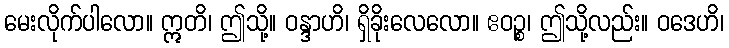
မေးလိုက်ပါလော။ ဣတိ၊ ဤသို့။ ဝန္ဒာဟိ၊ ရှိခိုးလေလော။ ဧဝဉ္စ၊ ဤသို့လည်း။ ဝဒေဟိ၊